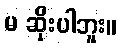
မ ဆိုးပါဘူး။